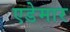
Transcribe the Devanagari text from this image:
एडेमार